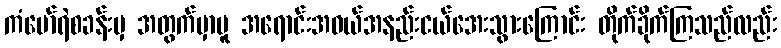
ကံမော်ရဲစခန်းမှ အတွက်မှာမူ အရောင်းအဝယ်အနည်းငယ်အေးသွားကြောင်း တိုက်ခိုက်ကြသည်လည်း